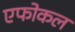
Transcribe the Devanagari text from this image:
एफोकल